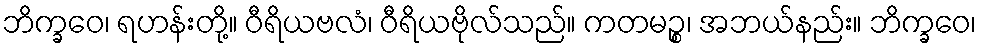
ဘိက္ခဝေ၊ ရဟန်းတို့။ ဝီရိယဗလံ၊ ဝီရိယဗိုလ်သည်။ ကတမဉ္စ၊ အဘယ်နည်း။ ဘိက္ခဝေ၊